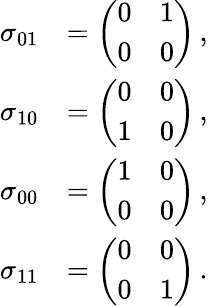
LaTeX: \begin{array}{rl}{\sigma_{01}}&{=\left(\begin{array}{cc}{0}&{1}\\ {0}&{0}\end{array}\right)\, ,}\\ {\sigma_{10}}&{=\left(\begin{array}{cc}{0}&{0}\\ {1}&{0}\end{array}\right)\, ,}\\ {\sigma_{00}}&{=\left(\begin{array}{cc}{1}&{0}\\ {0}&{0}\end{array}\right)\, ,}\\ {\sigma_{11}}&{=\left(\begin{array}{cc}{0}&{0}\\ {0}&{1}\end{array}\right)\, .}\end{array}